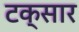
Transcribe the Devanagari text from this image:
टक्सार